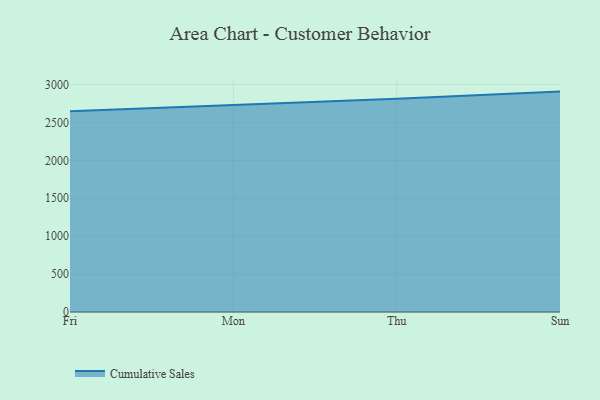
{"axis": {"x": "Day", "y": "Website Visitors"}, "legend": ["Cumulative Sales"], "data": [{"x": "Fri", "y": 2647.9, "type": "Cumulative Sales"}, {"x": "Mon", "y": 2730.1, "type": "Cumulative Sales"}, {"x": "Thu", "y": 2812.4, "type": "Cumulative Sales"}, {"x": "Sun", "y": 2906.3, "type": "Cumulative Sales"}]}